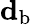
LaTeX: \mathbf{d}_{\mathrm{b}}